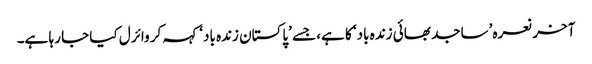
آخر نعرہ ’ساجد بھائی زندہ باد‘ کا ہے، جسے ’پاکستان زندہ باد‘ کہہ کر وائرل کیا جا رہا ہے۔